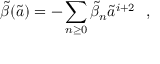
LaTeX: \tilde { \beta } ( \tilde { a } ) = - \sum _ { n \geq 0 } \tilde { \beta } _ { n } \tilde { a } ^ { i + 2 } ~ ~ ,